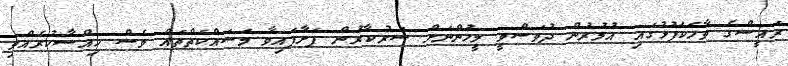
ރައީސްގެ ވާހަކަފުޅުގައި އުމުރުން ދުވަސްވީ މީހުންނަށް ސަރުކާރުން ފަށާފައިވާ މަސައްކަތްތައް ވެސް ހިއްސާކުރެއްވި